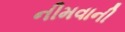
નીમવાની